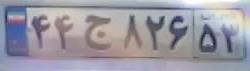
۴۴ج۸۲۶۵۳